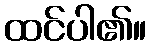
ထင်ပါ၏။